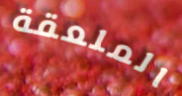
الملعقة